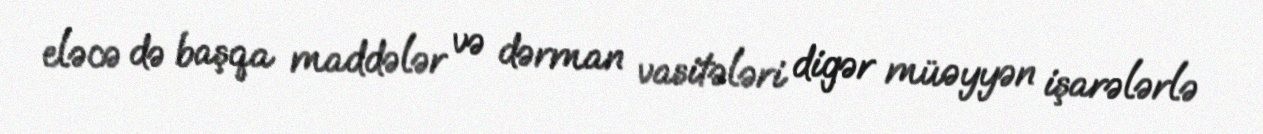
eləcə də başqa maddələr və dərman vasitələri digər müəyyən işarələrlə